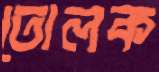
তোলক